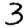
Digit: 3